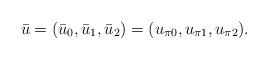
LaTeX: \begin{align*}\bar u = (\bar u_0,\bar u_1,\bar u_2) = (u_{\pi 0},u_{\pi 1},u_{\pi 2}).\end{align*}